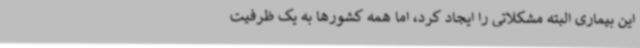
این بیماری البته مشکلاتی را ایجاد کرد، اما همه کشورها به یک ظرفیت